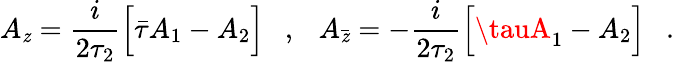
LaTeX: A_{\mathit{z}}=\frac{{i}}{{2\tau_{2}}}\Big[\bar{{\tau}}A_{1}-A_{2}\Big]\ \ \ ,\ \ \ A_{\bar{{\mathit{z}}}}=-\frac{{i}}{{2\tau_{2}}}\Big[\tauA_{1}-A_{2}\Big]\ \ \ .